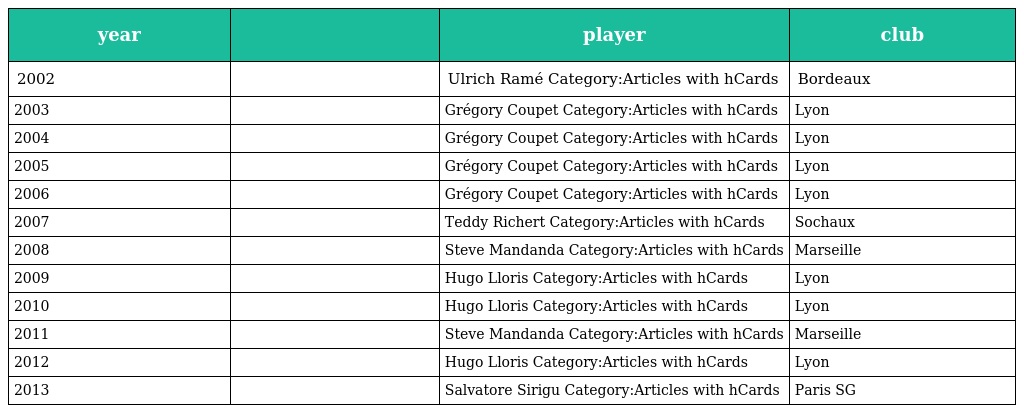
| year |  | player | club |
 | --- | --- | --- | --- |
 | 2002 |  | Ulrich Ramé Category:Articles with hCards | Bordeaux |
 | 2003 |  | Grégory Coupet Category:Articles with hCards | Lyon |
 | 2004 |  | Grégory Coupet Category:Articles with hCards | Lyon |
 | 2005 |  | Grégory Coupet Category:Articles with hCards | Lyon |
 | 2006 |  | Grégory Coupet Category:Articles with hCards | Lyon |
 | 2007 |  | Teddy Richert Category:Articles with hCards | Sochaux |
 | 2008 |  | Steve Mandanda Category:Articles with hCards | Marseille |
 | 2009 |  | Hugo Lloris Category:Articles with hCards | Lyon |
 | 2010 |  | Hugo Lloris Category:Articles with hCards | Lyon |
 | 2011 |  | Steve Mandanda Category:Articles with hCards | Marseille |
 | 2012 |  | Hugo Lloris Category:Articles with hCards | Lyon |
 | 2013 |  | Salvatore Sirigu Category:Articles with hCards | Paris SG |